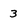
Character: 3